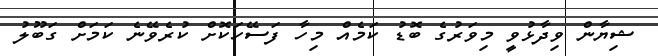
ޝިޔާން ވިދާޅުވީ މިވަރުގެ ބޮޑު ކަމެއް މިހާ ފަސޭހަކޮށް ކުރެވޭނެ ކަމަށް ގަބޫލު